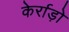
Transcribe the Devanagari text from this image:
केर्राड़ो